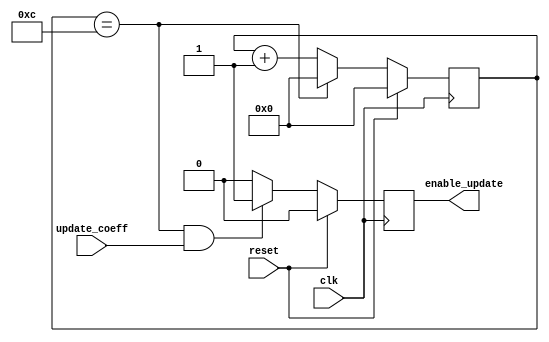
// This program was cloned from: https://github.com/weenslab/fpga101
// License: MIT License

`timescale 1ns / 1ps
//////////////////////////////////////////////////////////////////////////////////
// Company: Kyushu Institute of Technology
// 
// Design Name:    Neural Network (using backpropagation)
// Module Name:    selector
// Project Name:   LSI Design Contest in Okinawa 2018
// Target Devices: 
// Tool versions: 
//
// Description: 
// 	selector for enable update when clock = N
// Input:
//		clk				: 1 bit
//		reset 			: 1 bit : high active
//      update_coeff    : 1 bit : high active
// Output: 
//		enable update	: 1 bit : high active
// Latency:
// 
// Dependencies: 
//
// Revision: 
// Revision 0.01 - File Created
// Name : date : what changed
// Additional Comments: 
//
//////////////////////////////////////////////////////////////////////////////////
module selector(
    input clk, 
    input reset, 
    input update_coeff,
	output reg enable_update
    );
  
  reg [7:0] counter;		  //'counter' counts the number of rising edges for system clock
  parameter N=13;    	      //no of clock to for 1 renewal
     
  always @ (posedge clk)
    begin
       if(reset==1)
           begin
             counter <= 4'b0000;
           end
       else 
           begin
             if(counter == (N-1))
                begin
                    counter <= 4'b0000;
                end
             else 
                begin
                    counter <= counter + 4'b0001;
                 end
            end
    end

  //'enable_update' is the sample clock, 'clock' is system clock
  always @(posedge clk) 
    begin
        if (reset==1) 
            begin
                enable_update <= 0;
            end
        else 
            begin
               if ((counter == (N-1)) & (update_coeff == 1'b1)) 
                    begin
                        enable_update <= 1;
                    end
               else
                    begin
                        enable_update <=0;
                    end
            end
    end

endmodule